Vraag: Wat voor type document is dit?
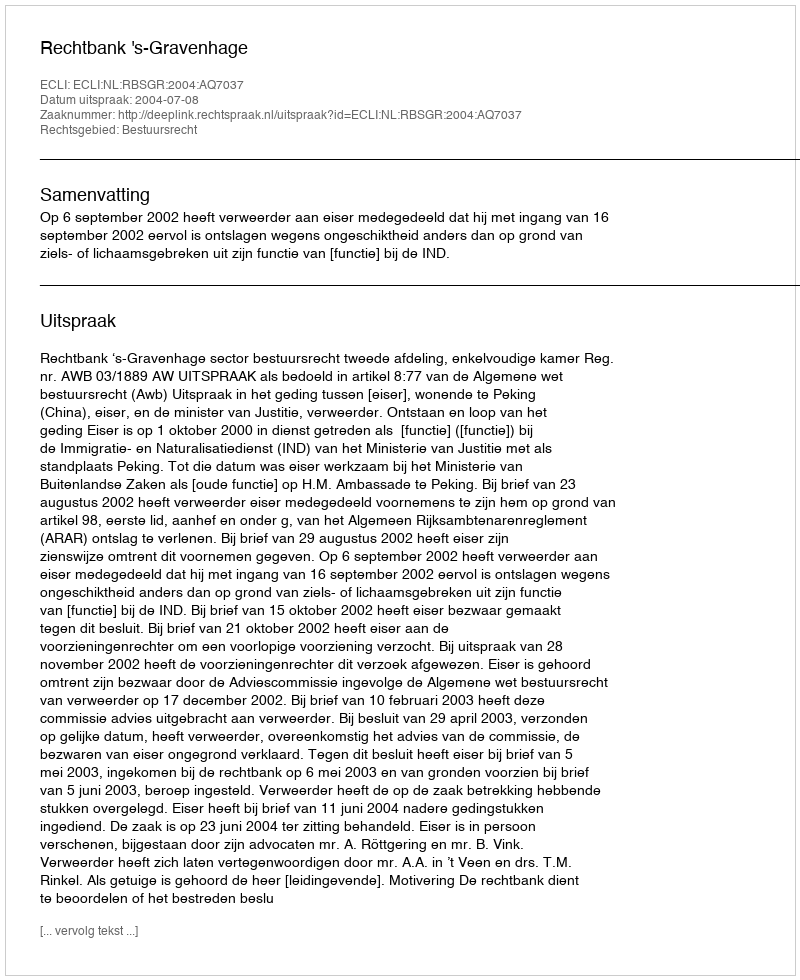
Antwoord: Uitspraak